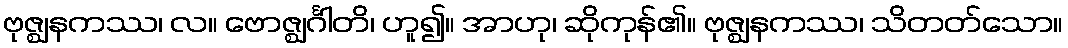
ဗုဇ္ဈနကဿ၊ လ။ ဗောဇ္ဈင်္ဂါတိ၊ ဟူ၍။ အာဟု၊ ဆိုကုန်၏။ ဗုဇ္ဈနကဿ၊ သိတတ်သော။